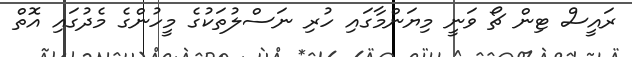
ރައީސް ޓިން ޗޯ ވަނީ މިޔަންމާގައި ހުރި ނަސްލުތަކުގެ މީހުންގެ މެދުގައި އޮތް